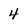
Character: 4